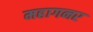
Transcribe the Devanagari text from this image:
महागनर